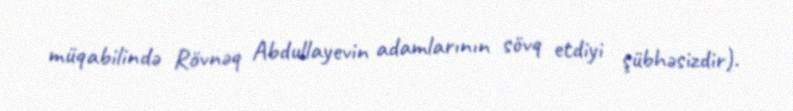
müqabilində Rövnəq Abdullayevin adamlarının sövq etdiyi şübhəsizdir).